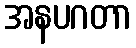
အနပဂတာ